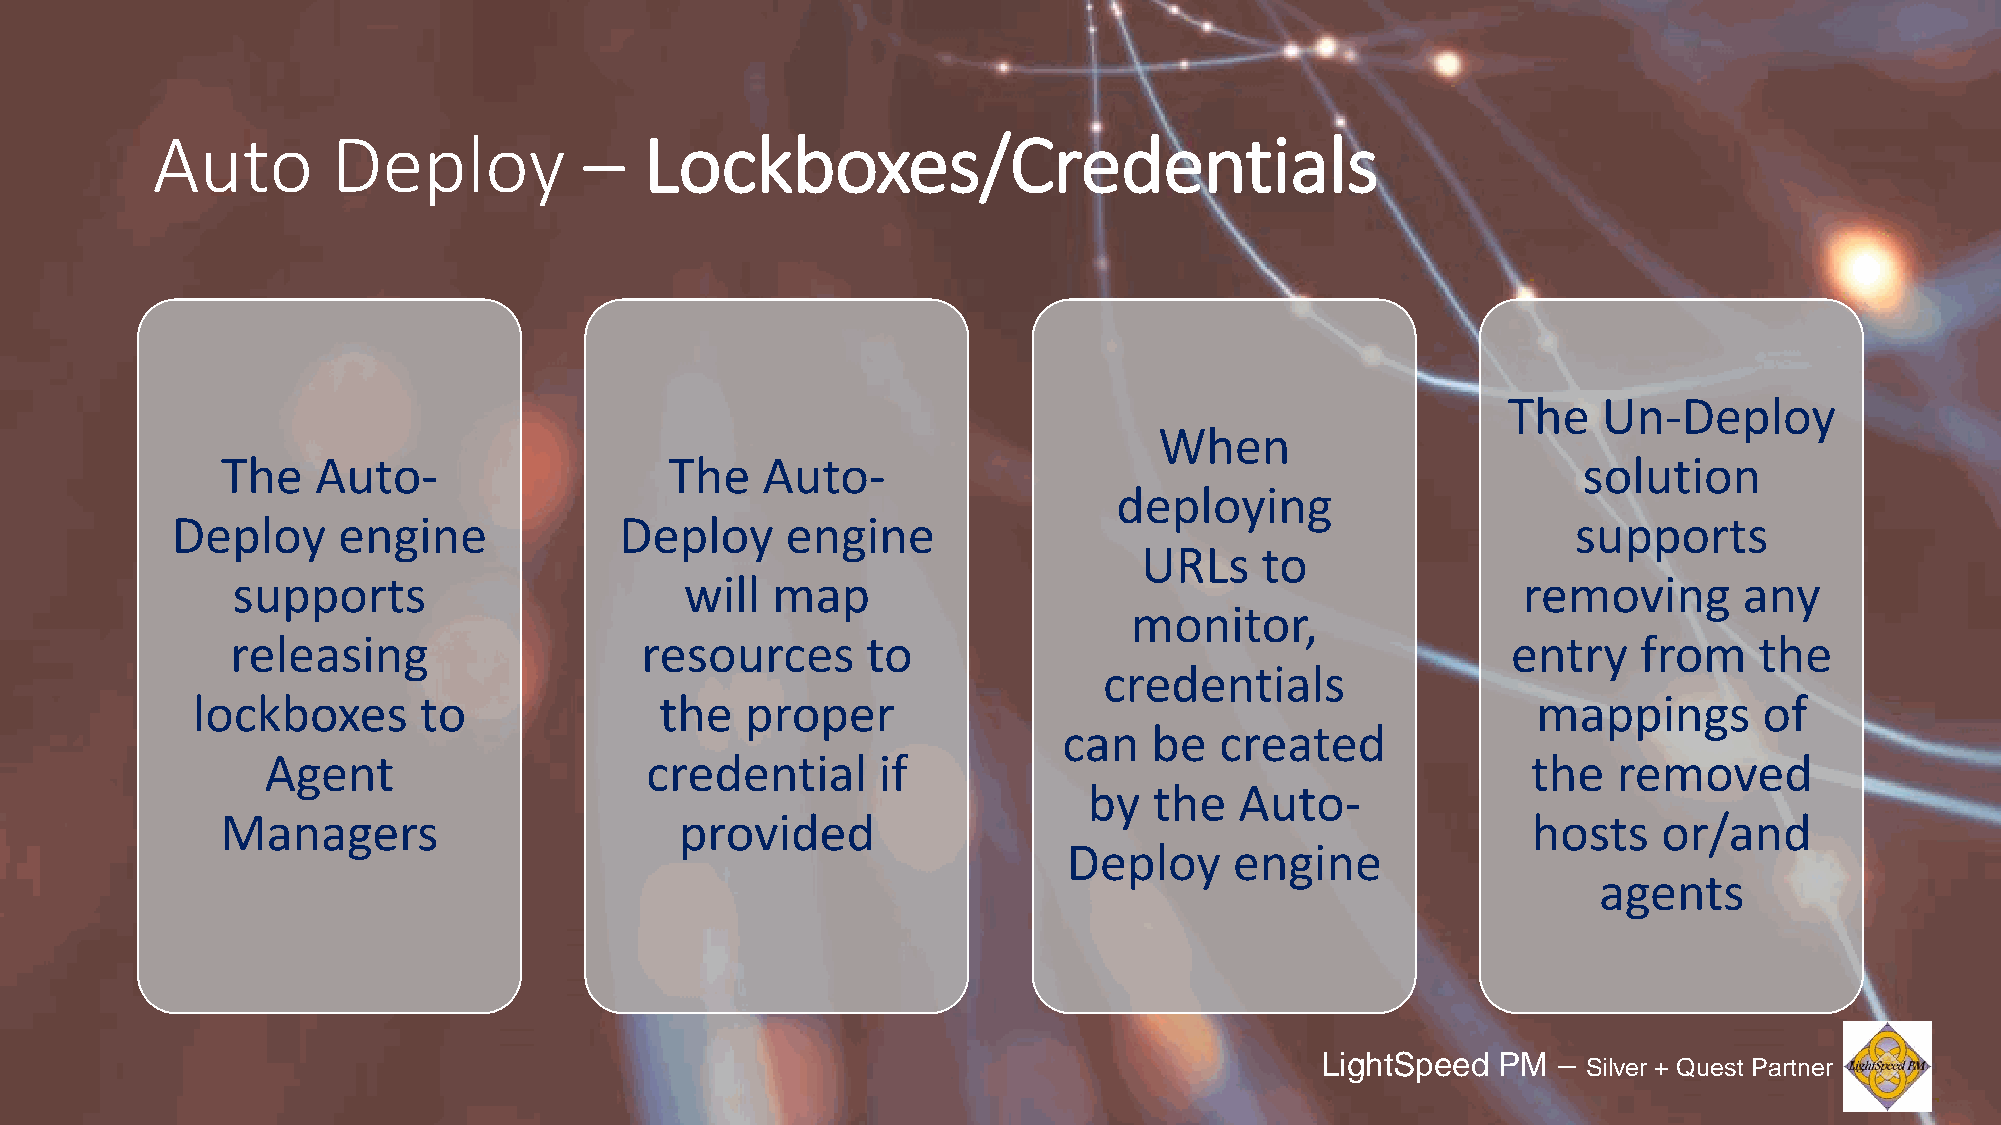
Auto        Deploy           –   Lockboxes/Credentials
 The   Un-Deploy
 When
 The   Auto-                  The   Auto-                                                  solution
 deploying
 Deploy     engine             Deploy     engine                                              supports
 URLs   to
 supports                      will  map                                               removing      any
 monitor,
 releasing                  resources      to                                         entry    from   the
 credentials
 lockboxes      to              the  proper                                               mappings       of
 can   be   created
 Agent                    credential     if                                         the   removed
 by  the   Auto-
 Managers                      provided                                                hosts    or/and
 Deploy     engine
 agents
 LightSpeed  PM  –
 Silver + Quest Partner